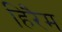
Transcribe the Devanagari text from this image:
हिरैम